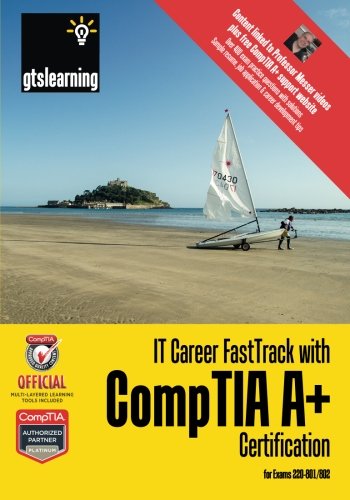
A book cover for IT Career FastTrack with CompTIA A+ Certification: For Exams 220-801 / 802; James Pengelly; Computers & Technology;